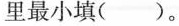
里最小填( )。